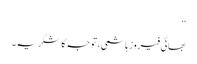
‘‘
بھائی فیروز ہاشمی، توجہ کا شکریہ۔